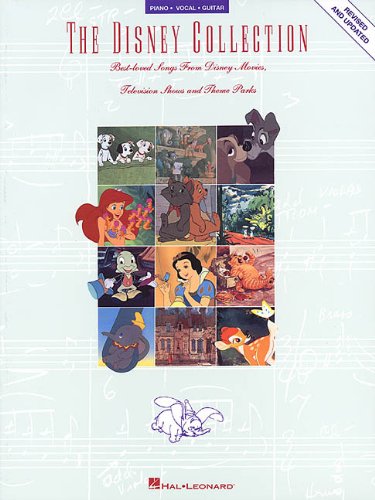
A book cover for The Disney Collection (Piano - Vocal - Guitar Series); Children's Books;